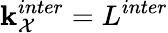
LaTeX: \mathbf{k}_{\mathcal{{X}}}^{inter}=L^{inter}